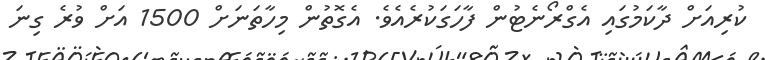
ކުރިއަށް ދާކަމުގައި އެގްރޯނެޓުން ފާހަގަކުރެއެވެ. އެގޮތުން މިހާތަނަށް 1500 އަށް ވުރެ ގިނަ